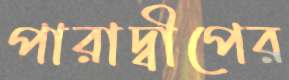
পারাদ্বীপের